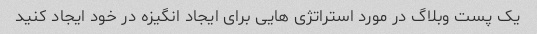
یک پست وبلاگ در مورد استراتژی هایی برای ایجاد انگیزه در خود ایجاد کنید